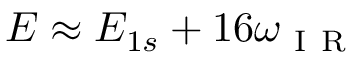
E \approx E _ { 1 s } + 1 6 \omega _ { \mathrm { ~ I ~ R ~ } }